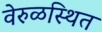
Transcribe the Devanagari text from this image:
वेरुळस्थित